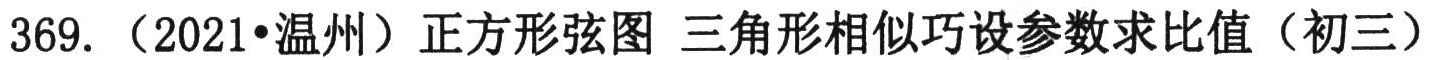
369. （2021•温州）正方形弦图 三角形相似巧设参数求比值（初三）